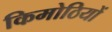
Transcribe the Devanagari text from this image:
किमोठियों